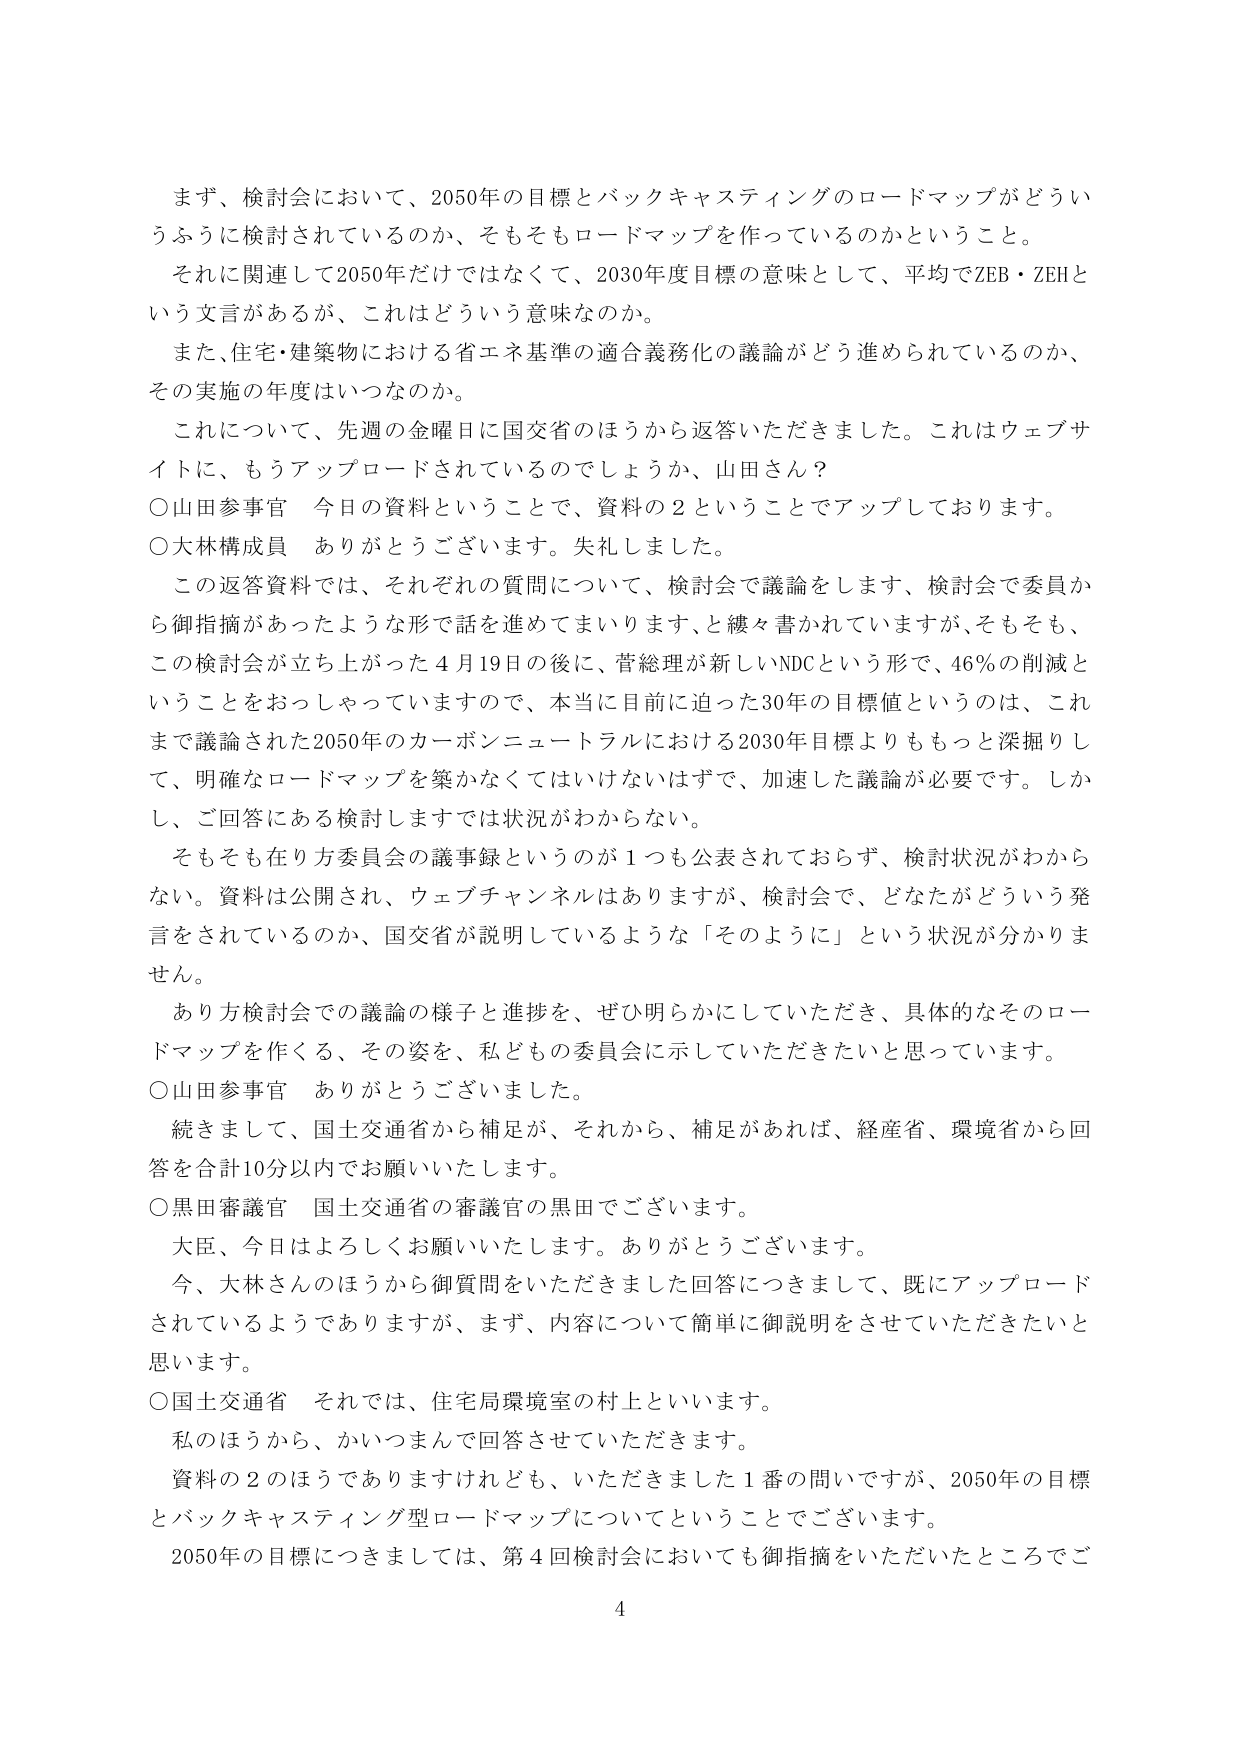
まず、検討会において、2050年の目標とバックキャスティングのロードマップがどういうふうに検討されているのか、そもそもロードマップを作っているのかということ。
それに関連して2050年だけではなくて、2030年度目標の意味として、平均でZEB・ZEHという文言があるが、これはどういう意味なのか。
また、住宅・建築物における省エネ基準の適合義務化の議論がどう進められているのか、その実施の年度はいつなのか。
これについて、先週の金曜日に国交省のほうから返答いただきました。これはウェブサイトに、もうアップロードされているのでしょうか、山田さん？
○山田参事官　今日の資料ということで、資料の２ということでアップしております。
○大林構成員　ありがとうございます。失礼しました。
この返答資料では、それぞれの質問について、検討会で議論をします、検討会で委員から御指摘があったような形で話を進めてまいります、と綴々書かれていますが、そもそも、この検討会が立ち上がった4月19日の後に、菅総理が新しいNDCという形で、46％の削減ということをおっしゃっていますので、本当に目前に迫った30年の目標値というのは、これまで議論された2050年のカーボンニュートラルにおける2030年目標よりももっと深掘りして、明確なロードマップを築かなくてはいけないはずで、加速した議論が必要です。しかし、ご回答にある検討しますでは状況がわからない。
そもそも在り方委員会の議事録というのが1つも公表されておらず、検討状況がわからない。資料は公開され、ウェブチャンネルはありますが、検討会で、どなたがどういう発言をされているのか、国交省が説明しているような「そのように」という状況が分かりません。
あり方検討会での議論の様子と進捗を、ぜひ明らかにしていただき、具体的なそのロードマップを作くる、その姿を、私どもの委員会に示していただきたいと思っています。
○山田参事官　ありがとうございました。
続きまして、国土交通省から補足が、それから、補足があれば、経産省、環境省から回答を合計10分以内でお願いいたします。
○黒田審議官　国土交通省の審議官の黒田でございます。
大臣、今日はよろしくお願いいたします。ありがとうございます。
今、大林さんのほうから御質問をいただきました回答につきまして、既にアップロードされているようありますが、まず、内容について簡単に御説明をさせていただきたいと思います。
○国土交通省　それでは、住宅局環境室の村上といいます。
私のほうから、かいつまんで回答させていただきます。
資料の２のほうでありますけれども、いただきました1番の問いですが、2050年の目標とバックキャスティング型ロードマップについてということでございます。
2050年の目標につきましては、第4回検討会においても御指摘をいただいたところでご
4